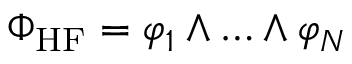
\Phi _ { \mathrm { H F } } = \varphi _ { 1 } \wedge \ldots \wedge \varphi _ { N }